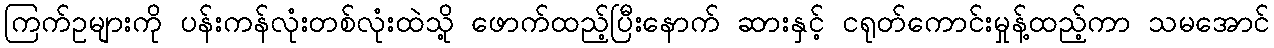
ကြက်ဥများကို ပန်းကန်လုံးတစ်လုံးထဲသို့ ဖောက်ထည့်ပြီးနောက် ဆားနှင့် ငရုတ်ကောင်းမှုန့်ထည့်ကာ သမအောင်